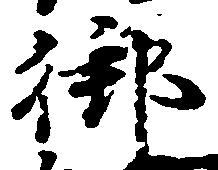
御